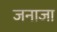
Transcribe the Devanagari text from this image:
जनाजा